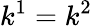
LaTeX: k^{1}=k^{2}